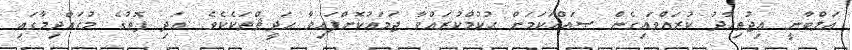
އަލްބާނީ އިޖުތިހާދު ކުރައްވައިގެން ޞައްޙަކަމަށް ޙުކުމްކުރައްވާ ޖަމަޢުކޮށްފައިވާ ޙަދީޘްތަކެކެވެ. އަދި ފޮތުގެ މުޤައްދިމާގައި